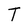
Character: T